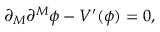
\partial _ { M } \partial ^ { M } \phi - V ^ { \prime } ( \phi ) = 0 ,